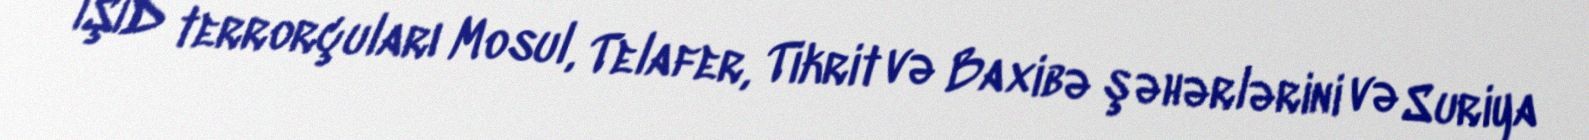
İŞİD terrorçuları Mosul, Telafer, Tikrit və Baxibə şəhərlərini və Suriya